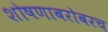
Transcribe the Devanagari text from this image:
शोषणाबरोबरच